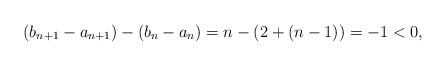
LaTeX: \begin{align*}(b_{n+1}-a_{n+1})-(b_n-a_n)= n - (2 + (n-1))= -1 < 0,\end{align*}